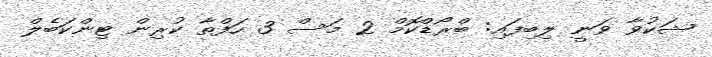
ޝަކުވާ ވަނީ ލިބިފައި: ބްރޯޑްކޮމް 2 މަސް 3 ހަފްތާ ކުރިން ޓިންކަބެލް